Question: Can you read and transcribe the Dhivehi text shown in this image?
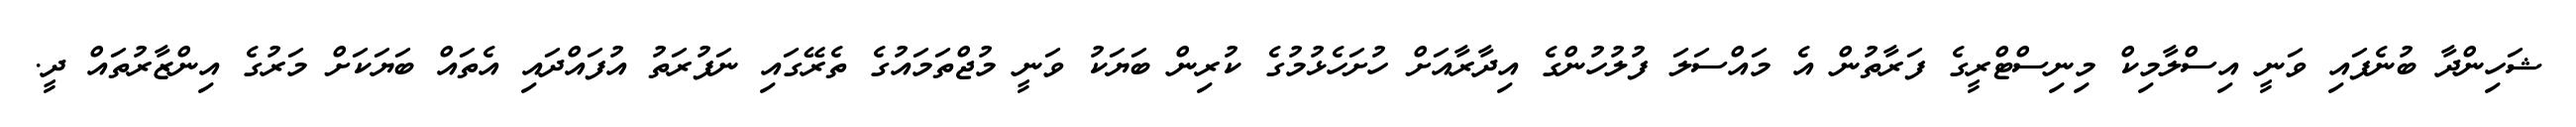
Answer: ޝަހިންދާ ބުނެފައި ވަނީ އިސްލާމިކް މިނިސްޓްރީގެ ފަރާތުން އެ މައްސަލަ ފުލުހުންގެ އިދާރާއަށް ހުށަހެޅުމުގެ ކުރިން ބަޔަކު ވަނީ މުޖްތަމައުގެ ތެރޭގައި ނަފުރަތު އުފައްދައި އެތައް ބަޔަކަށް މަރުގެ އިންޒާރުތައް ދީ.